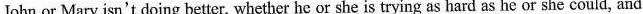
John or Mary isn't doing better, whether he or she is trying as hard as he or she could, and